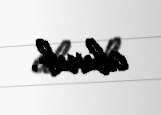
alınıb.